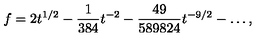
f = 2 t ^ { 1 / 2 } - { \frac { 1 } { 3 8 4 } } t ^ { - 2 } - { \frac { 4 9 } { 5 8 9 8 2 4 } } t ^ { - 9 / 2 } - \ldots ,